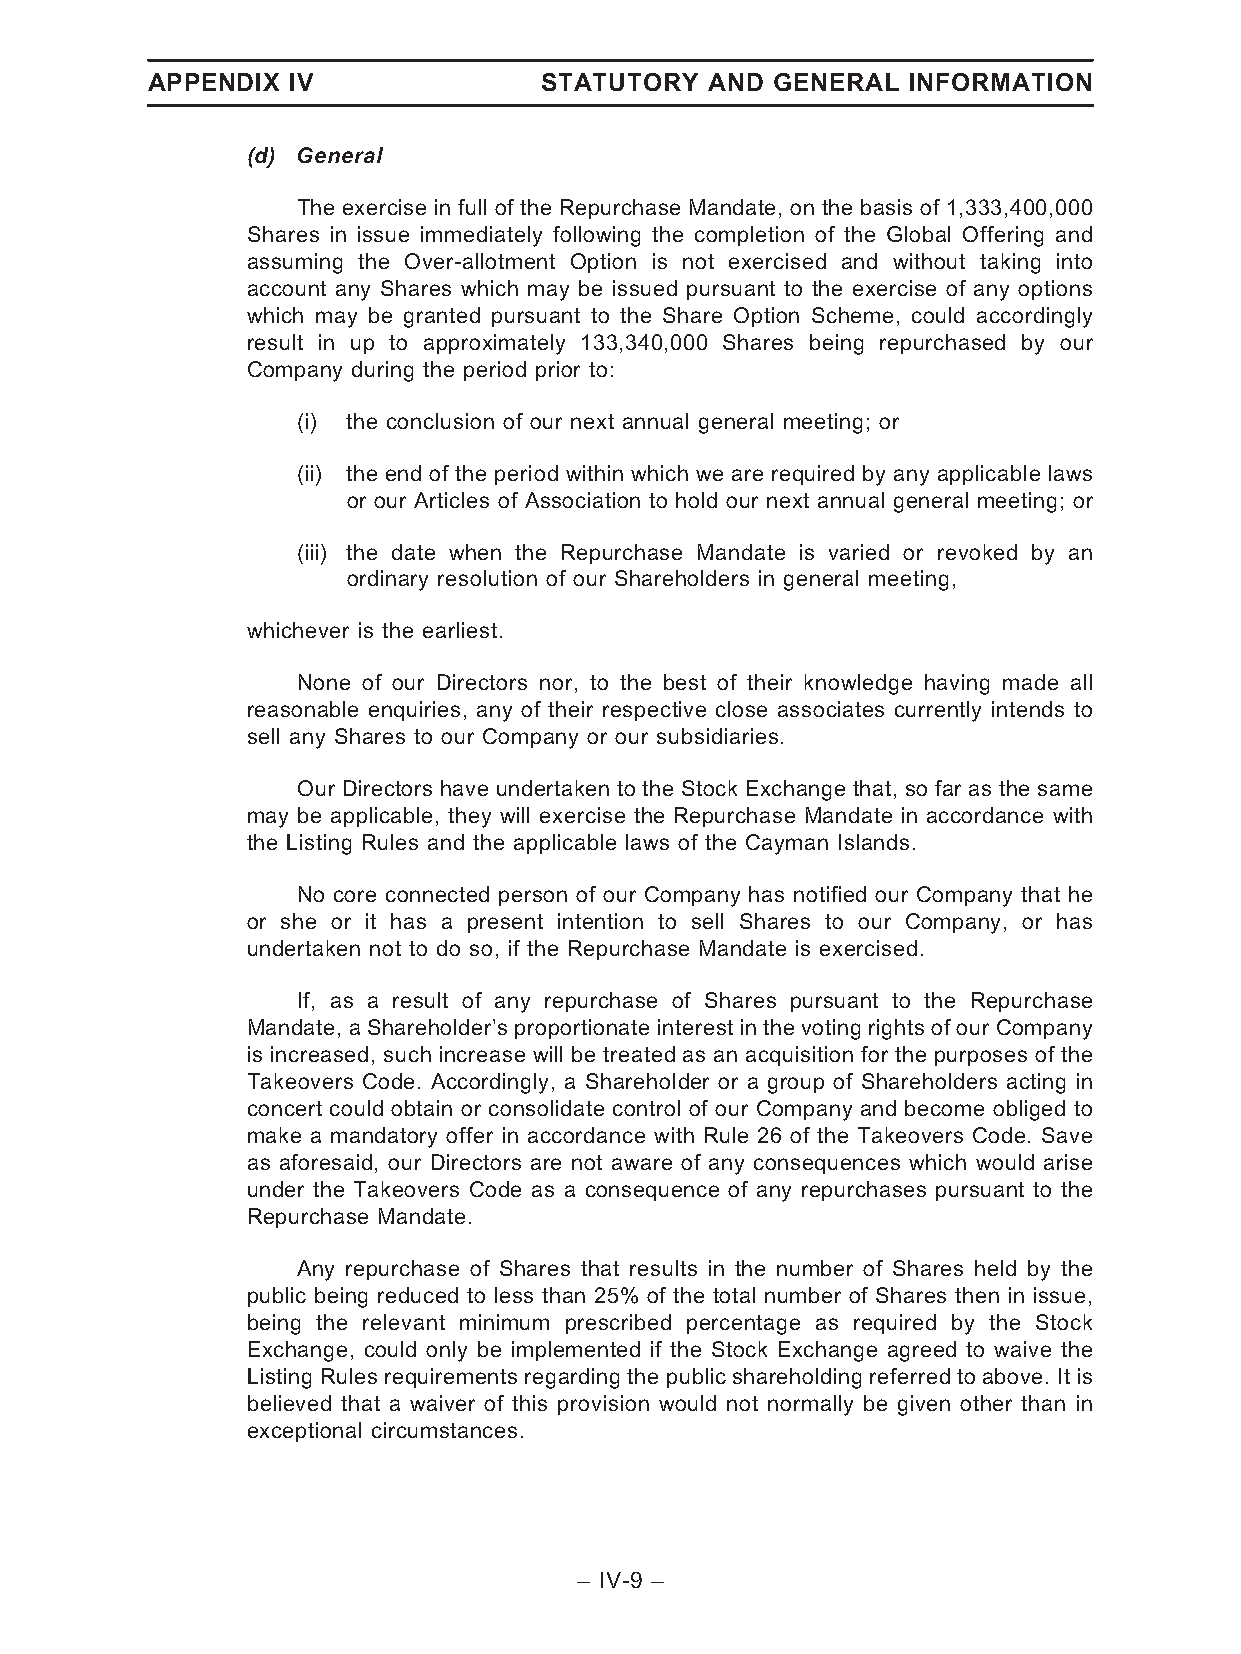
APPENDIX IV               STATUTORY  AND GENERAL  INFORMATION
 (d) General
 The exercise in full of the Repurchase Mandate, on the basis of 1,333,400,000
 Shares in issue immediately following the completion of the Global Offering and
 assuming the Over-allotment Option is not exercised and without taking into
 account any Shares which may be issued pursuant to the exercise of any options
 which may be granted pursuant to the Share Option Scheme, could accordingly
 result in up to approximately 133,340,000 Shares being repurchased by our
 Company during the period prior to:
 (i) the conclusion of our next annual general meeting; or
 (ii) the end of the period within which we are required by any applicable laws
 or our Articles of Association to hold our next annual general meeting; or
 (iii) the date when the Repurchase Mandate is varied or revoked by an
 ordinary resolution of our Shareholders in general meeting,
 whichever is the earliest.
 None of our Directors nor, to the best of their knowledge having made all
 reasonable enquiries, any of their respective close associates currently intends to
 sell any Shares to our Company or our subsidiaries.
 Our Directors have undertaken to the Stock Exchange that, so far as the same
 may be applicable, they will exercise the Repurchase Mandate in accordance with
 the Listing Rules and the applicable laws of the Cayman Islands.
 No core connected person of our Company has notified our Company that he
 or she or it has a present intention to sell Shares to our Company, or has
 undertaken not to do so, if the Repurchase Mandate is exercised.
 If, as a result of any repurchase of Shares pursuant to the Repurchase
 Mandate, a Shareholder’s proportionate interest in the voting rights of our Company
 is increased, such increase will be treated as an acquisition for the purposes of the
 Takeovers Code. Accordingly, a Shareholder or a group of Shareholders acting in
 concert could obtain or consolidate control of our Company and become obliged to
 make a mandatory offer in accordance with Rule 26 of the Takeovers Code. Save
 as aforesaid, our Directors are not aware of any consequences which would arise
 under the Takeovers Code as a consequence of any repurchases pursuant to the
 Repurchase Mandate.
 Any repurchase of Shares that results in the number of Shares held by the
 public being reduced to less than 25% of the total number of Shares then in issue,
 being the relevant minimum prescribed percentage as required by the Stock
 Exchange, could only be implemented if the Stock Exchange agreed to waive the
 Listing Rules requirements regarding the public shareholding referred to above. It is
 believed that a waiver of this provision would not normally be given other than in
 exceptional circumstances.
 – IV-9 –